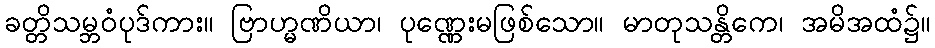
ခတ္တိသမ္ဘဝံပုဒ်ကား။ ဗြာဟ္မဏိယာ၊ ပုဏ္ဏေးမဖြစ်သော။ မာတုသန္တိကေ၊ အမိအထံ၌။